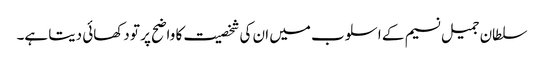
سلطان جمیل نسیم کے اسلوب میں ان کی شخصیت کا واضح پر تو دکھائی دیتا ہے۔